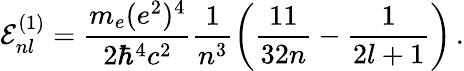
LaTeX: {\cal E}_{nl}^{(1)}=\frac{m_{e}(e^{2})^{4}}{2\hbar^{4}c^{2}}\frac{1}{n^{3}}\left(\frac{11}{32n}-\frac{1}{2l+1}\right)\, .